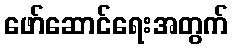
ဖော်ဆောင်ရေးအတွက်